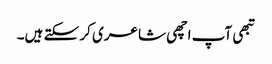
تبھی آپ اچھی شاعری کر سکتے ہیں۔